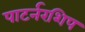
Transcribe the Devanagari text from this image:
पाटर्नरशिप